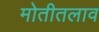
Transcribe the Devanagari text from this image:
मोतीतलाव